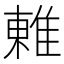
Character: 𨿢